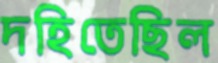
দহিতেছিল